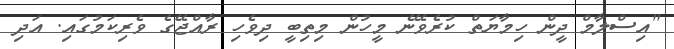
"އިސްލާމް ދީން ހިމާޔަތް ކުރެވޭނެ މީހުން މިތިބީ ދިވެހި ރާއްޖޭގެ ވެރިކަމުގައި. އަދި